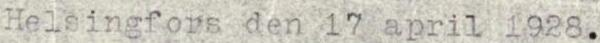
Helsingfors den 17 april 1928.